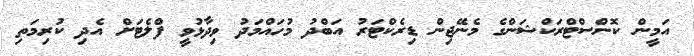
އަމީން ކޮންސްޓްރަކްޝަންގެ މެނޭޖިން ޑިރެކްޓަރު އަބްދު މުހައްމަދު ވިދާޅުވީ ފްލެޓަށް އެދި ކުރިމަތި